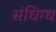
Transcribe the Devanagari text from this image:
संधिग्ध